Leaving Certificate Examination, 1912
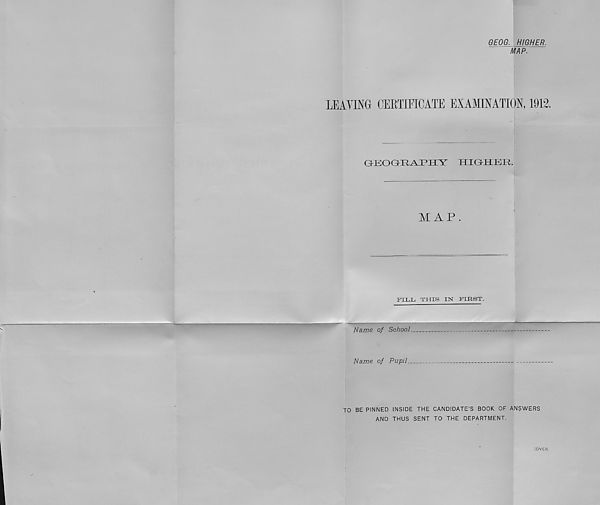
GEOG. HIGHER,
MAP.
LEAVING CERTIFICATE EXAMINATION, 1912.
GEOGRAPHY
HIGHER.
f
M AP .
■
FILL THIS IN FIRST.
A-v- ' • •
■ '
.
Name of School
Name of Pupil.
TO BE PINNED INSIDE THE CANDIDATE’S BOOK OF ANSWERS
AND THUS SENT TO THE DEPARTMENT.
[OVER.